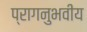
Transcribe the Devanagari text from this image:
प्रागनुभवीय